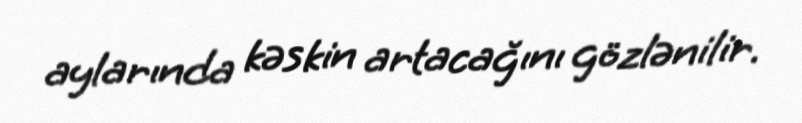
aylarında kəskin artacağını gözlənilir.